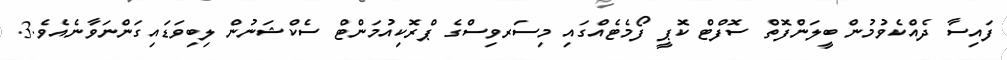
ފައިސާ ދެއްކެވުމުން ބީލަންފޮތް ސޮފްޓް ކޮޕީ ފޯމެޓެއްގައި މިސަރވިސްގެ ޕްރޮކިއުމަންޓް ސެކްޝަނުން ލިބިވަޑައިގަންނަވާނެއެވެ.3.